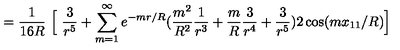
= \frac { 1 } { 1 6 R } \ \Big [ \ \frac { 3 } { r ^ { 5 } } + \sum _ { m = 1 } ^ { \infty } e ^ { - m r / R } ( \frac { m ^ { 2 } } { R ^ { 2 } } \frac { 1 } { r ^ { 3 } } + \frac { m } { R } \frac { 3 } { r ^ { 4 } } + \frac { 3 } { r ^ { 5 } } ) 2 \cos ( m x _ { 1 1 } / R ) \Big ]